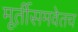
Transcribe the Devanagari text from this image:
मूर्तीसमवेतच